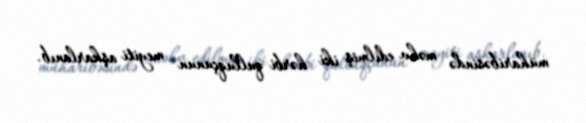
müharibəsində məhv edilmiş iki hərbi qulluqçunun meyiti aşkarlanıb.